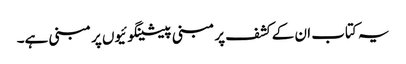
یہ کتاب ان کے کشف پر مبنی پیشینگوئیوں پر مبنی ہے۔